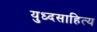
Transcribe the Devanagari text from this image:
युध्दसाहित्य